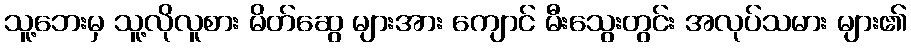
သူ့ဘေးမှ သူ့လိုလူစား မိတ်ဆွေ များအား ကျောင် မီးသွေးတွင်း အလုပ်သမား များ၏